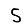
Digit: 5